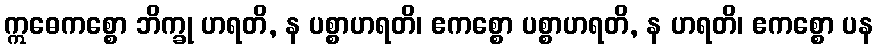
ဣဓေကစ္စော ဘိက္ခု ဟရတိ, န ပစ္စာဟရတိ၊ ဧကစ္စော ပစ္စာဟရတိ, န ဟရတိ၊ ဧကစ္စော ပန